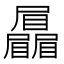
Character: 𡳻